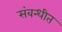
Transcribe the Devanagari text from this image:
संबन्धीत